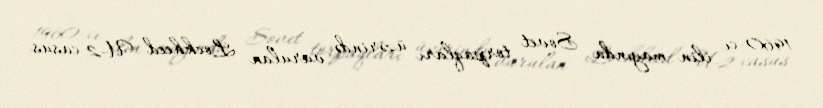
1960-cı ilin mayında Sovet torpaqları üzərində vurulan Lockheed U-2 casus